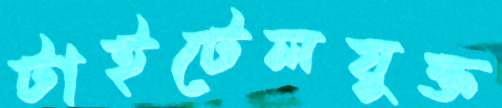
টাইটেলযুক্ত